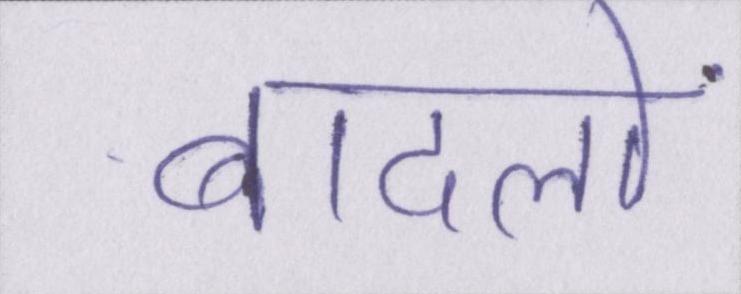
बादलों